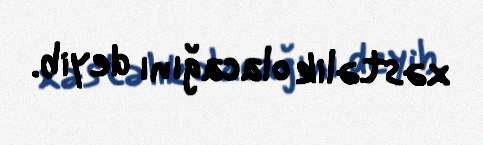
xəstəlik olacağını deyib.